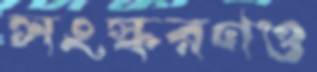
সংস্করণও